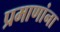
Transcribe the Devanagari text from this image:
प्रमाणांना